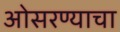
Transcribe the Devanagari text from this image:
ओसरण्याचा